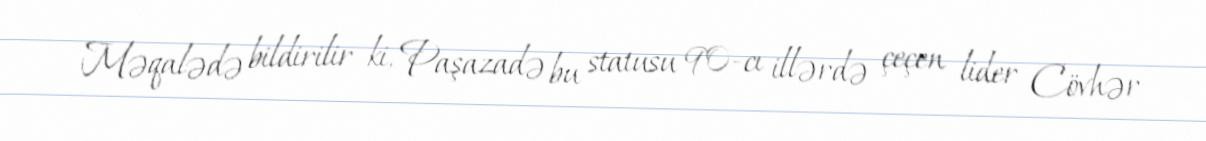
Məqalədə bildirilir ki, Paşazadə bu statusu 90-cı illərdə çeçen lider Cövhər